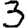
Digit: 3